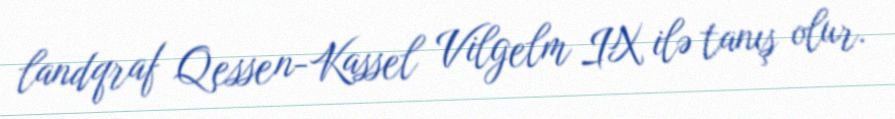
landqraf Qessen-Kassel Vilgelm IX ilə tanış olur.